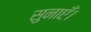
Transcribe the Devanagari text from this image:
सुनाएँ।